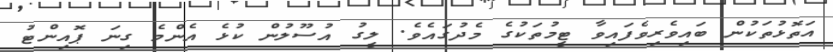
އަތޮޅުތަކުން ބައިވެރިވެފައިވާ ޓީމުތަކުގެ މެދުގައެވެ. ލީގު އުސޫލުން ކުޅެ އެންމެ ގިނަ ޕޮއިންޓު